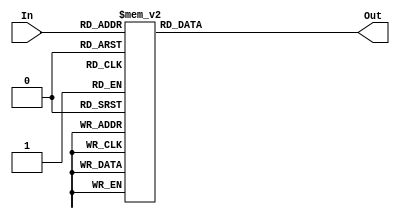
/* Decodificador  binario para display 7 segmentos */

module Decoder7 (
	input wire [3:0] In,
	output reg [6:0] Out);

	always @(*)	
		case (In)
			4'b0000 : Out = ~7'b0111111; 
			4'b0001 : Out = ~7'b0000110;
			4'b0010 : Out = ~7'b1011011; 
			4'b0011 : Out = ~7'b1001111; 

			4'b0100 : Out = ~7'b1100110; 
			4'b0101 : Out = ~7'b1101101; 
			4'b0110 : Out = ~7'b1111101; 
			4'b0111 : Out = ~7'b0000111; 
 
			4'b1000 : Out = ~7'b1111111; 
			4'b1001 : Out = ~7'b1101111;
			4'b1010 : Out = ~7'b1110111; 
			4'b1011 : Out = ~7'b1111100; 

			4'b1100 : Out = ~7'b0111001; 
			4'b1101 : Out = ~7'b1011110; 
			4'b1110 : Out = ~7'b1111001; 
			4'b1111 : Out = ~7'b1110001; 
	
			default : Out = ~7'b0000000;
		endcase
		
endmodule